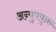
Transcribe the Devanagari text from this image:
अन्युपयुक्त